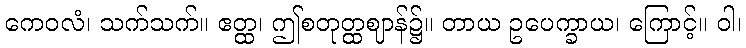
ကေဝလံ၊ သက်သက်။ ဧတ္ထ၊ ဤစတုတ္ထဈာန်၌။ တာယ ဥပေက္ခာယ၊ ကြောင့်။ ဝါ၊